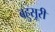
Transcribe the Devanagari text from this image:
बहुसूरी